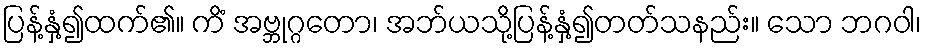
ပြန့်နှံ့၍ထက်၏။ ကိံ အဗ္ဘုဂ္ဂတော၊ အဘ်ယသို့ပြန့်နှံ့၍တတ်သနည်း။ သော ဘဂဝါ၊